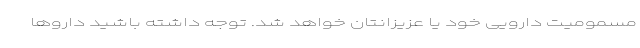
مسمومیت دارویی خود یا عزیزانتان خواهد شد. توجه داشته باشید داروها